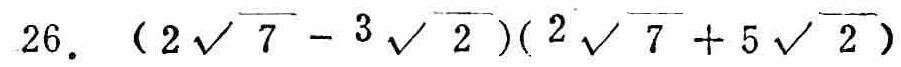
\(26.\ (2\sqrt{7}-3\sqrt{2})(2\sqrt{7}+5\sqrt{2})\)